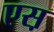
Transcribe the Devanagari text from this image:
एस़